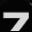
Digit: 7